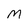
Character: m